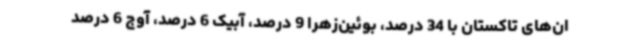
ان‌های تاکستان با 34 درصد، بوئین‌زهرا 9 درصد، آبیک 6 درصد، آوج 6 درصد